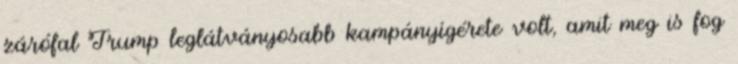
zárófal Trump leglátványosabb kampányígérete volt, amit meg is fog